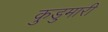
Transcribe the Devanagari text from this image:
कुडुमारी